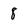
Character: 8